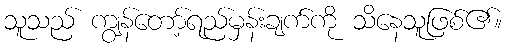
သူသည် ကျွန်တော့်ရည်မှန်းချက်ကို သိနေသူဖြစ်၏။